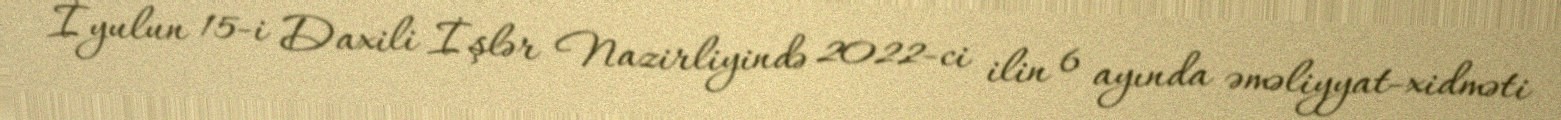
İyulun 15-i Daxili İşlər Nazirliyində 2022-ci ilin 6 ayında əməliyyat-xidməti